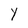
Character: Y